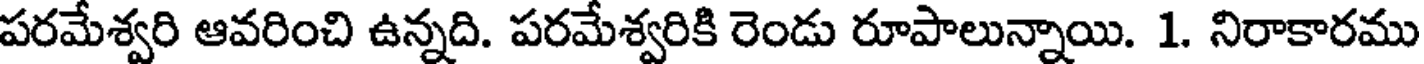
పరమేశ్వరి ఆవరించి ఉన్నది. పరమేశ్వరికి రెండు రూపాలున్నాయి. 1. నిరాకారము